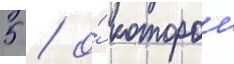
5 / о́ которои